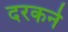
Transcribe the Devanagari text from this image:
दरकने